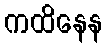
ကထိနေန